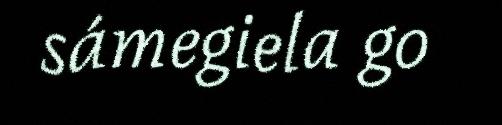
sámegiela go